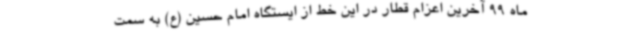
ماه 99 آخرین اعزام قطار در این خط از ایستگاه امام حسین (ع) به سمت